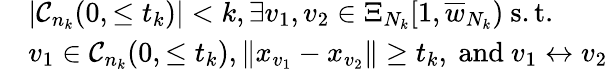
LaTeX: \begin{array}{rl}&{|{\mathcal C}_{n_{k}}(0,\le t_{k})|<k,\exists v_{1},v_{2}\in\Xi_{N_{k}}[1,\overline{{w}}_{N_{k}})\mathrm{~s.t.~}}\\ &{v_{1}\in{\mathcal C}_{n_{k}}(0,\le t_{k}),\| x_{v_{1}}-x_{v_{2}}\| \ge t_{k},\mathrm{~and~}v_{1}\leftrightarrow v_{2}}\end{array}